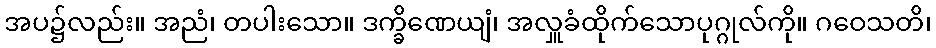
အပ၌လည်း။ အညံ၊ တပါးသော။ ဒက္ခိဏေယျံ၊ အလှူခံထိုက်သောပုဂ္ဂုလ်ကို။ ဂဝေသတိ၊